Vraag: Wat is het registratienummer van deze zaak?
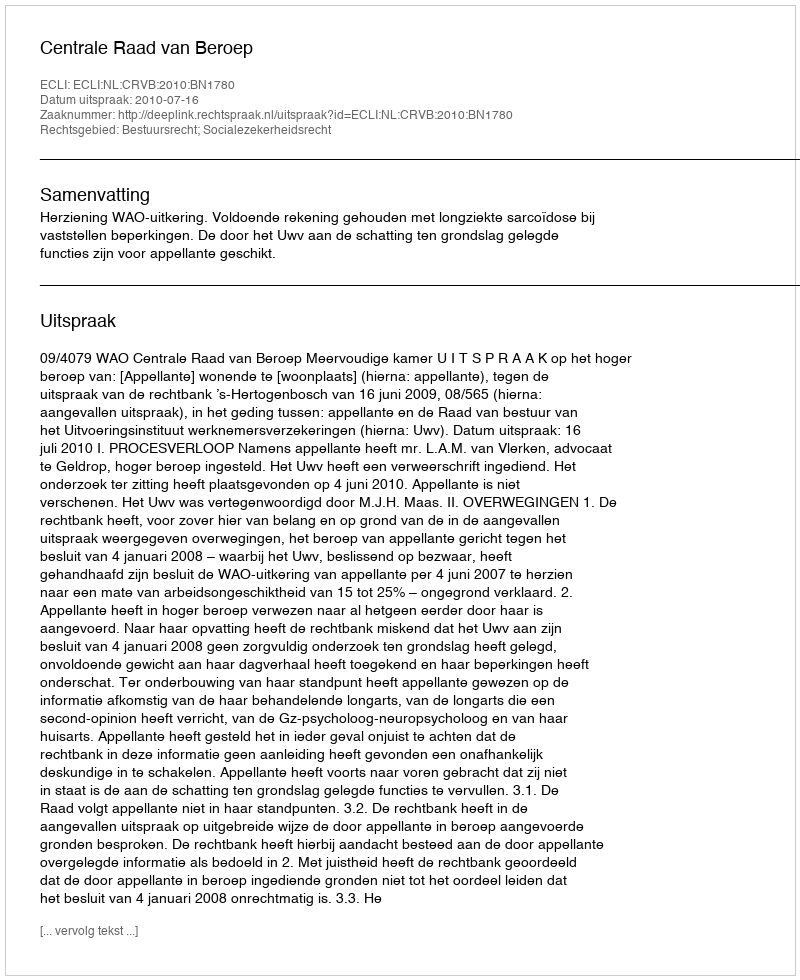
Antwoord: http://deeplink.rechtspraak.nl/uitspraak?id=ECLI:NL:CRVB:2010:BN1780